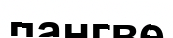
пангве